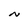
Character: N